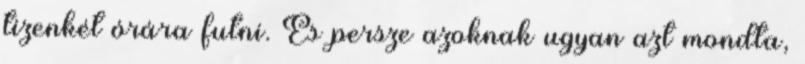
tizenkét órára futni. És persze azoknak ugyan azt mondta,